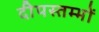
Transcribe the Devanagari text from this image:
दीपस्तम्भों